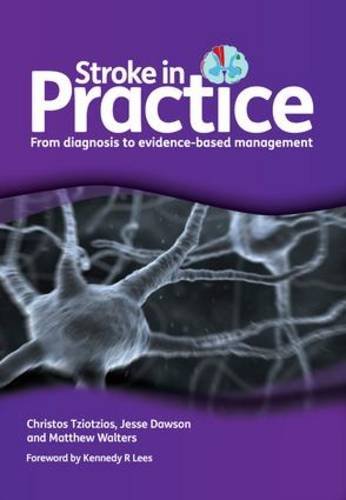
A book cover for Stroke in Practice: From Diagnosis to Evidence-Based Management; Christos Tziotzios; Health, Fitness & Dieting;